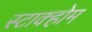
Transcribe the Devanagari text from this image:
स्टाक्होम